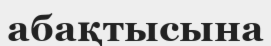
абақтысына